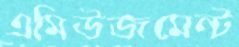
এমিউজমেন্ট